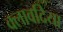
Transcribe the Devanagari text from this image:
क्लावदिया